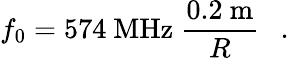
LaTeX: f_{0}=574~\mathrm{MHz}~{\frac{0.2~\mathrm{m}}{R}}~~\ .